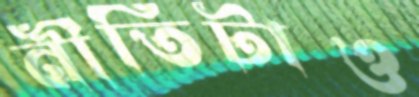
নীতিটাও